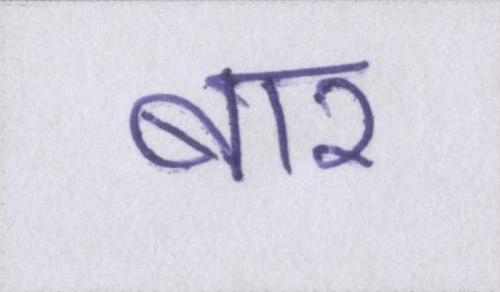
बार